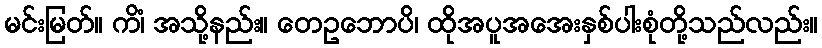
မင်းမြတ်။ ကိံ၊ အသို့နည်း။ တေဥဘောပိ၊ ထိုအပူအအေးနှစ်ပါးစုံတို့သည်လည်း။